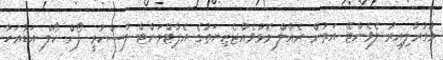
މުގުރާލިއިރު ލެވެންޓޭ އަތުން ރެއާލް މޮޅުވެއްޖެޒިޔަތުގެ އެޕާޓްމަންޓް ފާސްކުރީ ފޯން ކޯލް އަޑުއަހާ